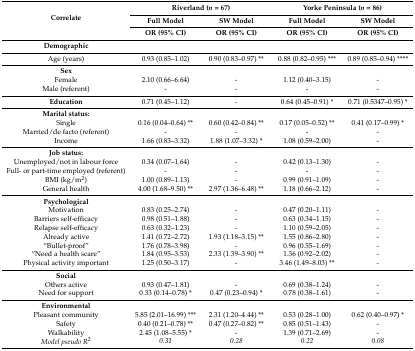
<table><thead><tr><td rowspan="3"><b>Correlate</b></td><td colspan="2"><b>Riverland (<i>n</i> = 67)</b></td><td colspan="2"><b>Yorke Peninsula (<i>n</i> = 86)</b></td></tr><tr><td><b>Full Model</b></td><td><b>SW Model</b></td><td><b>Full Model</b></td><td><b>SW Model</b></td></tr><tr><td><b>OR (95% CI)</b></td><td><b>OR (95% CI)</b></td><td><b>OR (95% CI)</b></td><td><b>OR (95% CI)</b></td></tr></thead><tbody><tr><td><b>Demographic</b></td><td></td><td></td><td></td><td></td></tr><tr><td>Age (years)</td><td>0.93 (0.85–1.02)</td><td>0.90 (0.83–0.97) **</td><td>0.88 (0.82–0.95) ***</td><td>0.89 (0.85–0.94) ****</td></tr><tr><td><b>Sex</b></td><td></td><td></td><td></td><td></td></tr><tr><td>Female</td><td>2.10 (0.66–6.64)</td><td>-</td><td>1.12 (0.40–3.15)</td><td>-</td></tr><tr><td>Male (referent)</td><td>-</td><td>-</td><td>-</td><td>-</td></tr><tr><td><b>Education</b></td><td>0.71 (0.45–1.12)</td><td>-</td><td>0.64 (0.45–0.91) *</td><td>0.71 (0.5347–0.95) *</td></tr><tr><td><b>Marital status:</b></td><td></td><td></td><td></td><td></td></tr><tr><td>Single</td><td>0.16 (0.04–0.64) **</td><td>0.60 (0.42–0.84) **</td><td>0.17 (0.05–0.52) **</td><td>0.41 (0.17–0.99) *</td></tr><tr><td>Married/de facto (referent)</td><td>-</td><td>-</td><td>-</td><td>-</td></tr><tr><td>Income</td><td>1.66 (0.83–3.32)</td><td>1.88 (1.07–3.32) *</td><td>1.08 (0.59–2.00)</td><td>-</td></tr><tr><td><b>Job status:</b></td><td></td><td></td><td></td><td></td></tr><tr><td>Unemployed/not in labour force</td><td>0.34 (0.07–1.64)</td><td>-</td><td>0.42 (0.13–1.30)</td><td>-</td></tr><tr><td>Full- or part-time employed (referent)</td><td>-</td><td>-</td><td>-</td><td>-</td></tr><tr><td>BMI (kg/m<sup>2</sup>)</td><td>1.00 (0.89–1.13)</td><td>-</td><td>0.99 (0.91–1.09)</td><td>-</td></tr><tr><td>General health</td><td>4.00 (1.68–9.50) **</td><td>2.97 (1.36–6.48) **</td><td>1.18 (0.66–2.12)</td><td>-</td></tr><tr><td><b>Psychological</b></td><td></td><td></td><td></td><td></td></tr><tr><td>Motivation</td><td>0.83 (0.25–2.74)</td><td>-</td><td>0.47 (0.20–1.11)</td><td>-</td></tr><tr><td>Barriers self-efficacy</td><td>0.98 (0.51–1.88)</td><td>-</td><td>0.63 (0.34–1.15)</td><td>-</td></tr><tr><td>Relapse self-efficacy</td><td>0.63 (0.32–1.23)</td><td>-</td><td>1.10 (0.59–2.05)</td><td>-</td></tr><tr><td>Already active</td><td>1.41 (0.72–2.72)</td><td>1.93 (1.18–3.15) **</td><td>1.55 (0.86–2.80)</td><td>-</td></tr><tr><td>“Bullet-proof”</td><td>1.76 (0.78–3.98)</td><td>-</td><td>0.96 (0.55–1.69)</td><td>-</td></tr><tr><td>“Need a health scare”</td><td>1.84 (0.95–3.53)</td><td>2.33 (1.39–3.90) **</td><td>1.36 (0.92–2.02)</td><td>-</td></tr><tr><td>Physical activity important</td><td>1.25 (0.50–3.17)</td><td>-</td><td>3.46 (1.49–8.03) **</td><td>-</td></tr><tr><td><b>Social</b></td><td></td><td></td><td></td><td></td></tr><tr><td>Others active</td><td>0.93 (0.47–1.81)</td><td>-</td><td>0.69 (0.38–1.24)</td><td>-</td></tr><tr><td>Need for support</td><td>0.33 (0.14–0.78) *</td><td>0.47 (0.23–0.94) *</td><td>0.78 (0.38–1.61)</td><td>-</td></tr><tr><td><b>Environmental</b></td><td></td><td></td><td></td><td></td></tr><tr><td>Pleasant community</td><td>5.85 (2.01–16.99) ***</td><td>2.31 (1.20–4.44) **</td><td>0.53 (0.28–1.00)</td><td>0.62 (0.40–0.97) *</td></tr><tr><td>Safety</td><td>0.40 (0.21–0.78) **</td><td>0.47 (0.27–0.82) **</td><td>0.85 (0.51–1.43)</td><td>-</td></tr><tr><td>Walkability</td><td>2.45 (1.08–5.55) *</td><td>-</td><td>1.39 (0.71–2.69)</td><td>-</td></tr><tr><td><i>Model pseudo R<sup>2</sup></i></td><td><i>0.31</i></td><td><i>0.28</i></td><td><i>0.22</i></td><td><i>0.08</i></td></tr></tbody></table>